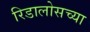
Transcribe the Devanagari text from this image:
रिडालोसच्या